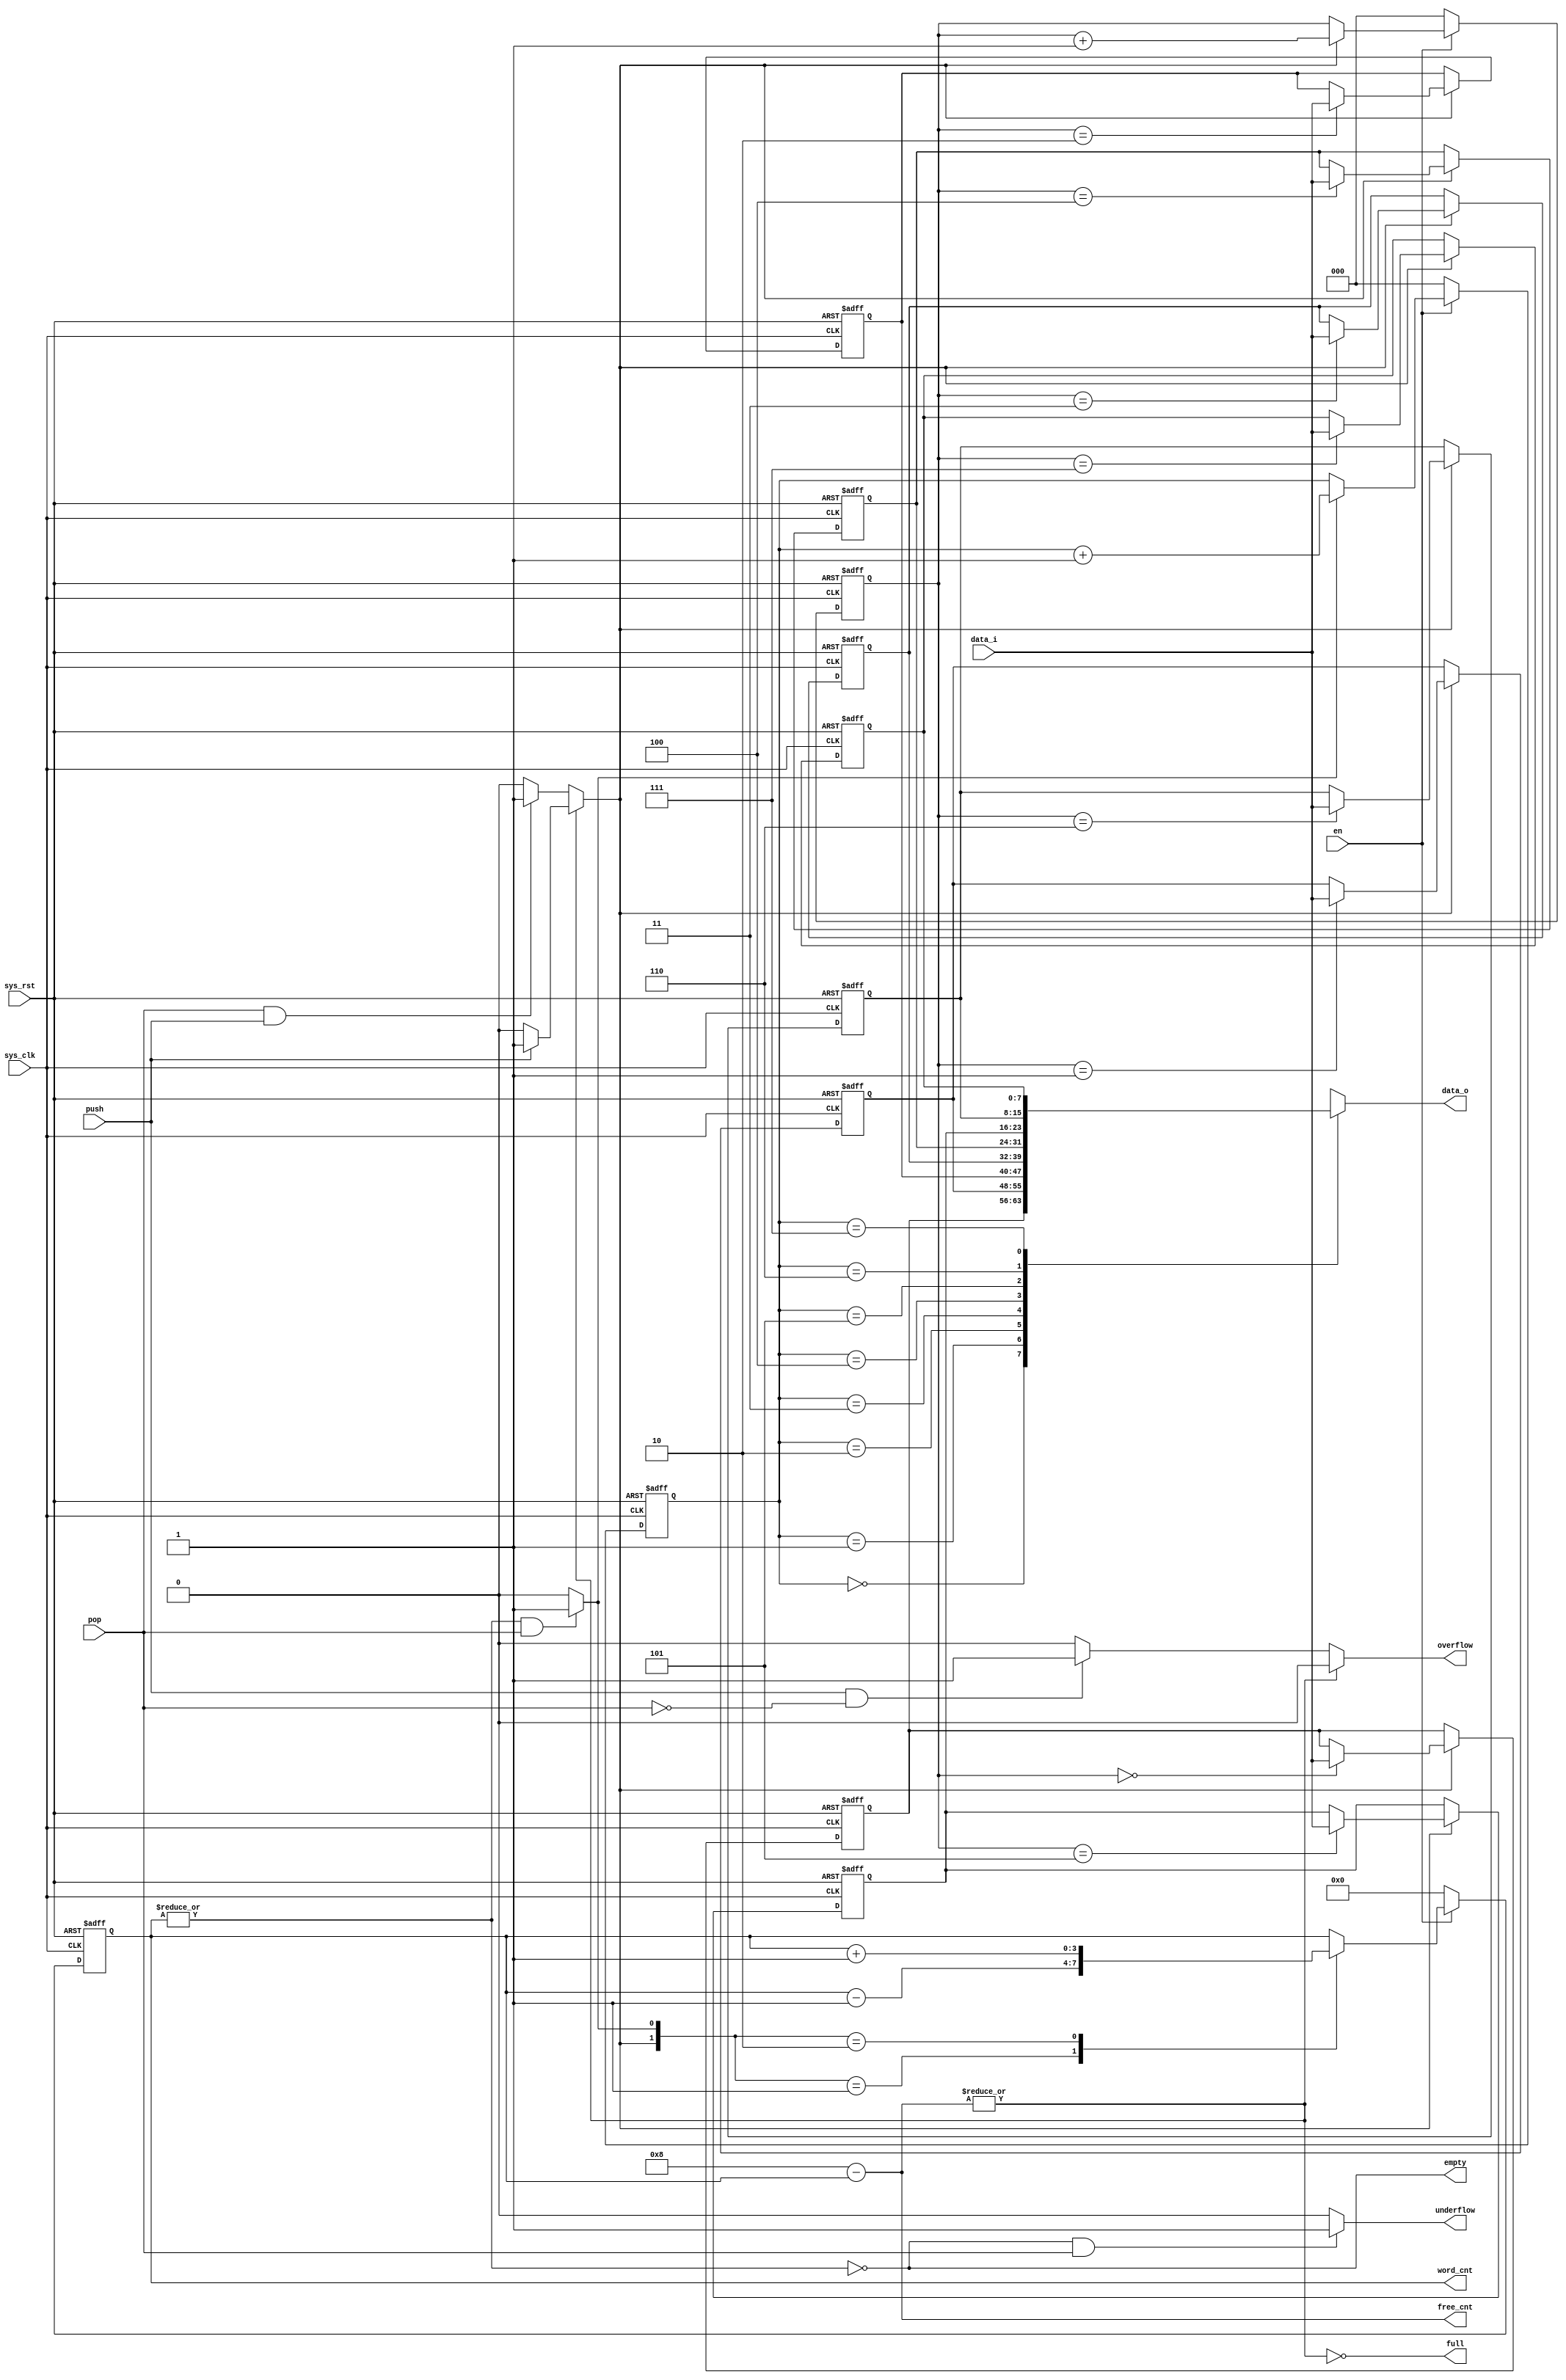
//+FHDR-------------------------------------------------------------------
// Copyright (c) 2007, HHIC
// HHIC Confidential Proprietary
//------------------------------------------------------------------------
// FILE NAME : i2cm_sfifo
// TYPE : module
// DEPARTMENT : design
// AUTHOR'S EMAIL : lishuang@shhic.com
//------------------------------------------------------------------------
// Release history
// VERSION Date AUTHOR DESCRIPTION
// 1.0 27 Feb. 09 name lishuang
//------------------------------------------------------------------------
// PURPOSE : store data temprately
//------------------------------------------------------------------------
// PARAMETERS
// PARAM NAME RANGE : DESCRIPTION : DEFAULT : VA UNITS
// e.g.DATA_WIDTH_PP [32,16] : width of the data : 32 :
//------------------------------------------------------------------------
// REUSE ISSUES
// reset Strategy :
// Clock Domains :
// Critical Timing :
// Test Features :
// Asynchronous I/F :
// Scan Methodology :
// Instantiations :
// Other :
//-FHDR-------------------------------------------------------------------



module i2cm_sfifo(
                //inputs
                sys_clk  ,
                sys_rst  ,
                en       ,
                push     ,
                pop      ,
                data_i   ,
                //outputs
                data_o   ,
                word_cnt ,
                free_cnt ,
                full     ,
                empty    ,
                overflow ,
                underflow
                );

parameter  ADDR_WIDTH = 3 ;                  //address width = log2(data_depth)
parameter  DATA_WIDTH = 8 ;                  //data width
parameter  DATA_DEPTH = 8 ;                  //data depth


//inputs
input                       sys_clk   ;      //system clock
input                       sys_rst   ;      //asyn reset
input                       en        ;      //enable or software reset
input                       push      ;      //push data to fifo
input                       pop       ;      //pop data from fifo
input    [DATA_WIDTH-1:0]   data_i    ;      //data in
//outputs
output   [DATA_WIDTH-1:0]   data_o    ;      //data out
output   [ADDR_WIDTH  :0]   word_cnt  ;      //data number in fifo
output   [ADDR_WIDTH  :0]   free_cnt  ;      //free spaces in fifo
output                      full      ;      //full flag of fifo
output                      empty     ;      //empty flag of fifo
output                      overflow  ;      //overflow flag of fifo
output                      underflow ;      //underflow flag of fifo


////////// real F/F //////////////////
//port type declaration
reg      [ADDR_WIDTH  :0]   word_cnt  ;
//internal register declaration
reg      [ADDR_WIDTH-1:0]   wp        ;      //write pointer
reg      [ADDR_WIDTH-1:0]   rp        ;      //read  pointer

///////// combination logic //////////
//internal wire declaration
reg                         wr        ;      //write enable
reg                         rd        ;      //read enable
reg                         overflow  ;
reg                         underflow ;


assign   full = ~(| free_cnt)            ;      //full while no free space
assign   empty= ~(| word_cnt)            ;      //empty while no data in fifo
assign   free_cnt = DATA_DEPTH - word_cnt;      //free space=total spaces - data number

//write enable
  always @(push or pop or full)
      if(~full)
        if(push)         //write enable while 1)push and fifo is not full
            wr = 1'b1;
        else
            wr = 1'b0;
      else
        if(pop & push)   //write enable while 2)fifo is full but push and pop in the same time
          wr = 1'b1;
        else
          wr = 1'b0;


//read enable
  always @(empty or pop) begin
     if((~empty)&(pop))  //read eanble while pop and fifo is not empty
        rd = 1'b1;
     else
        rd = 1'b0;
  end

//overflow
  always @(full or pop or push)
     if(full)          //overflow: push (but don't pop at same time) while fifo is full
        if(push &(~pop))
            overflow = 1'b1;
        else
            overflow = 1'b0;
     else
        overflow = 1'b0;

//underflow
  always @(empty or pop) //underflow while pop and fifo is empty
    if(empty & pop)
        underflow = 1'b1;
    else
        underflow = 1'b0;


///////////////////// register description /////////////////////////////
reg [DATA_WIDTH-1: 0]   mem [DATA_DEPTH-1:0];
integer m;
  always @(posedge sys_clk or posedge sys_rst)
    if(sys_rst)
        for(m=0;m<DATA_DEPTH;m=m+1)
            mem[m] <= {DATA_WIDTH {1'b0}};
    else if(wr)
        mem[wp] <= data_i;        //put data to registers



/////////////////// control logic description  //////////////////////////////
//write pointer
  always @(posedge sys_clk or posedge sys_rst)
     if(sys_rst)
        wp <= {ADDR_WIDTH{1'b0}} ;
     else if(!en)
        wp <= {ADDR_WIDTH{1'b0}} ;
     else if(wr)                             //while write enable
        wp <= wp + 1'b1 ;

//read pointer
  always @(posedge sys_clk or posedge sys_rst)
     if(sys_rst)
        rp <= {ADDR_WIDTH{1'b0}} ;
     else if(!en)
        rp <= {ADDR_WIDTH{1'b0}} ;
     else if(rd)                             //while read enable
        rp <= rp + 1'b1 ;

//word counter
  always @(posedge sys_clk or posedge sys_rst)
     if(sys_rst)
        word_cnt <= {(ADDR_WIDTH+1){1'b0}} ;
     else if(!en)
        word_cnt <= {(ADDR_WIDTH+1){1'b0}} ;
     else
        case({wr,rd})
            2'b01 : word_cnt <= word_cnt - 1'b1;     //data number-1 while read enable
            2'b10 : word_cnt <= word_cnt + 1'b1;     //data number+1 while write enable
            default:word_cnt <= word_cnt       ;     //data number won't change while neither read nor write;
                                                     //data number won't change while read and write at same time
        endcase

//data output
assign data_o = mem[rp];

endmodule